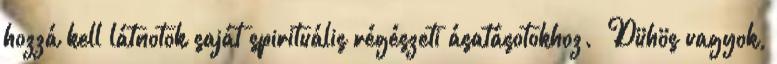
hozzá kell látnotok saját spirituális régészeti ásatásotokhoz. „Dühös vagyok,